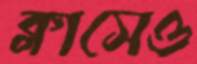
ক্লাসেও